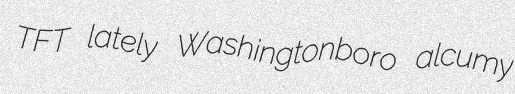
TFT lately Washingtonboro alcumy